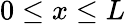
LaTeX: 0\leq x\leq L